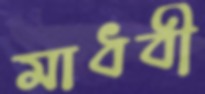
মাধবী